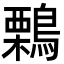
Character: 鷅